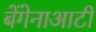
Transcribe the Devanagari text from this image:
बेंगेनाआटी